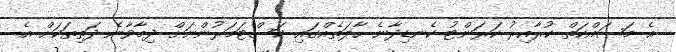
އެ މަސައްކަތް ކުރާއިރު ކަރަންޓު ކެނޑިދާނެ ހާލަތެއްގައި ކަސްޓަމަރުންނަށް ދިމާވާނެ ދަތިތަކަށް އެ